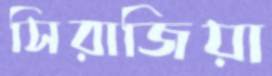
সিরাজিয়া